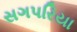
સગપરિયા